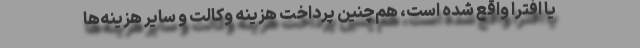
یا افترا واقع شده است، هم‌چنین پرداخت هزینه وکالت و سایر هزینه‌ها